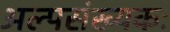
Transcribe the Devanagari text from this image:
अल्पसंख्यकः